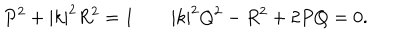
LaTeX: P ^ { 2 } + | k | ^ { 2 } R ^ { 2 } = 1 \qquad | k | ^ { 2 } Q ^ { 2 } - R ^ { 2 } + 2 P Q = 0 .